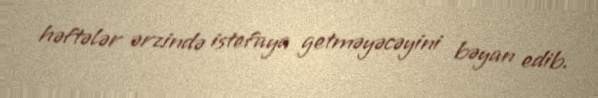
həftələr ərzində istefaya getməyəcəyini bəyan edib.